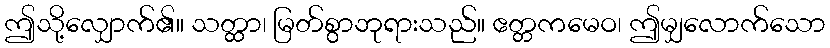
ဤသို့လျှောက်၏။ သတ္ထာ၊ မြတ်စွာဘုရားသည်။ ဧတ္တကမေဝ၊ ဤမျှလောက်သော